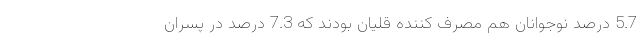
5.7 درصد نوجوانان هم مصرف ‌کننده قلیان بودند که 7.3 درصد در پسران